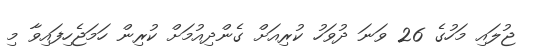
ޖުލައި މަހުގެ 26 ވަނަ ދުވަހު ކުރިއަށް ގެންދިއުމަށް ކުރިން ހަމަޖެހިފައިވާ މި